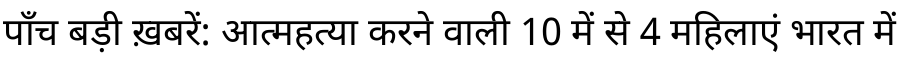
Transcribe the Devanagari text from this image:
पाँच बड़ी ख़बरें: आत्महत्या करने वाली 10 में से 4 महिलाएं भारत में